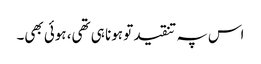
اس پہ تنقید تو ہونا ہی تھی، ہوئی بھی۔